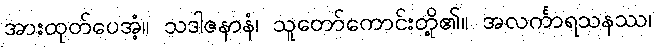
အားထုတ်ပေအံ့။ သဒါဇနာနံ၊ သူတော်ကောင်းတို့၏။ အလင်္ကာရသနဿ၊